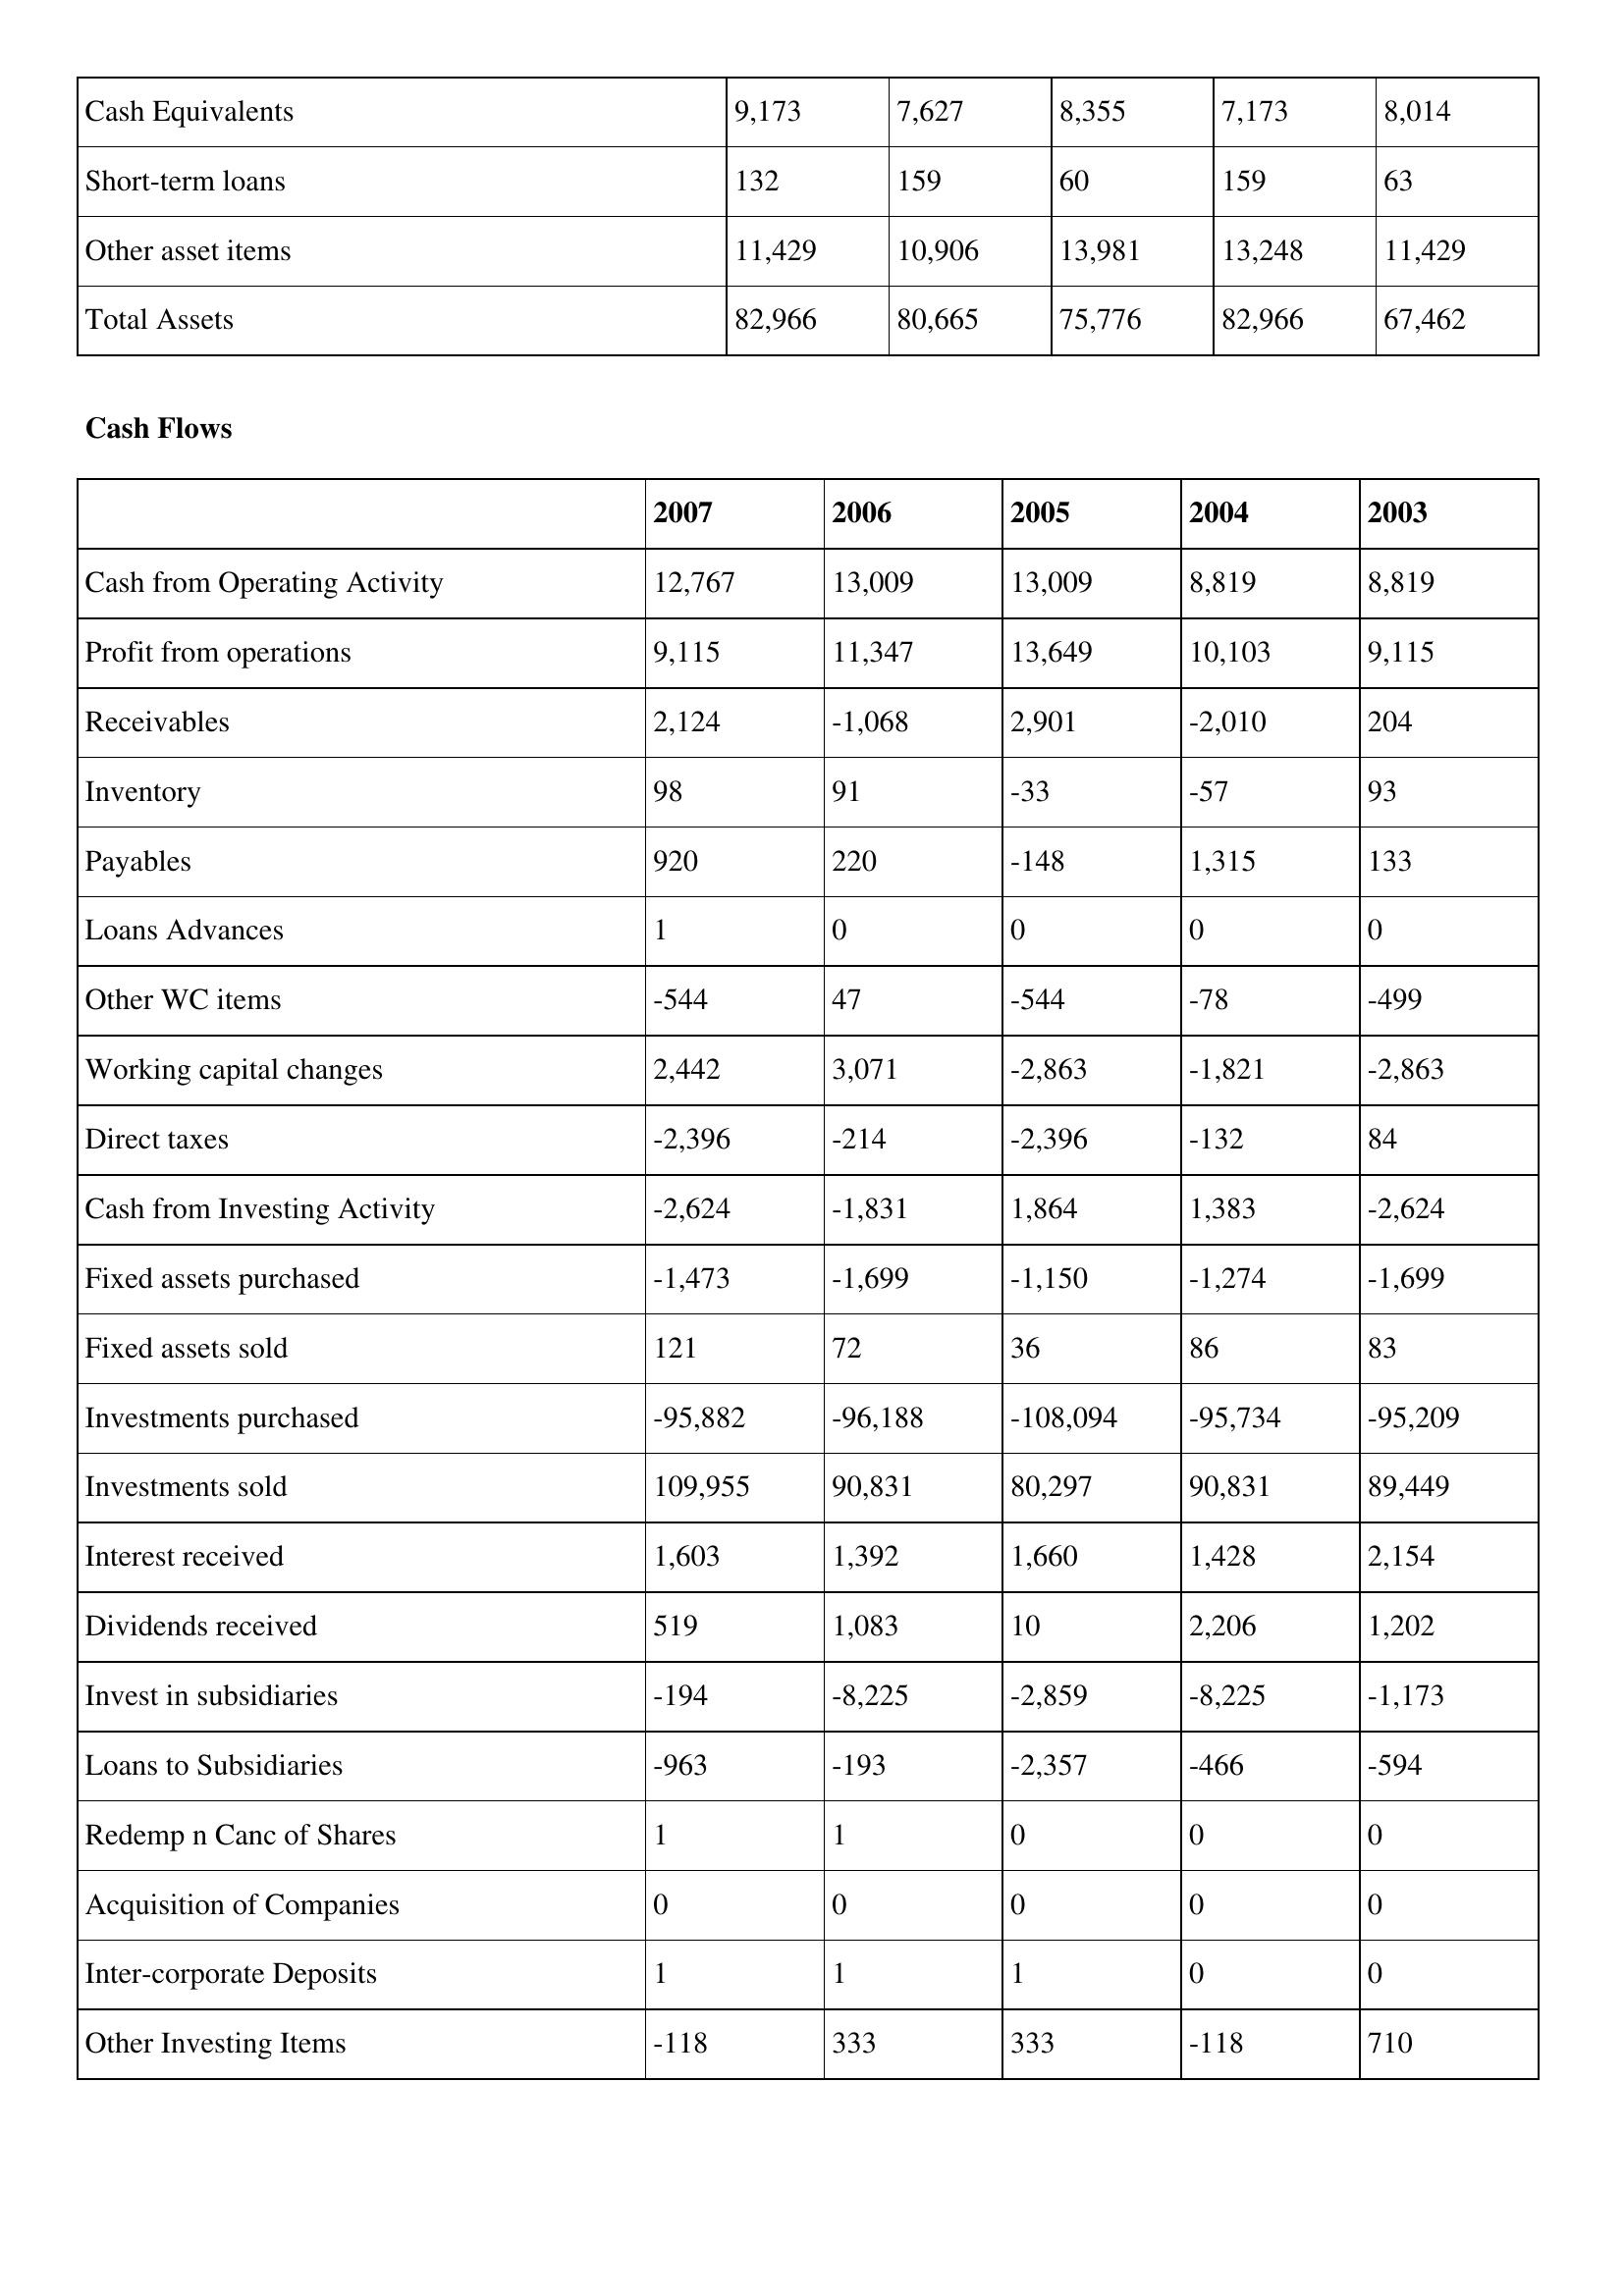
gt_parse: 2007: Balance Sheet: Cash Equivalents: 9,173
Short-term loans: 132
Other asset items: 11,429
Total Assets: 82,966
Cash Flows: Cash from Operating Activity: 12,767
Profit from operations: 9,115
Receivables: 2,124
Inventory: 98
Payables: 920
Loans Advances: 1
Other WC items: -544
Working capital changes: 2,442
Direct taxes: -2,396
Cash from Investing Activity: -2,624
Fixed assets purchased: -1,473
Fixed assets sold: 121
Investments purchased: -95,882
Investments sold: 109,955
Interest received: 1,603
Dividends received: 519
Invest in subsidiaries: -194
Loans to Subsidiaries: -963
Redemp n Canc of Shares: 1
Acquisition of Companies: 0
Inter-corporate Deposits: 1
Other Investing Items: -118
2006: Balance Sheet: Cash Equivalents: 7,627
Short-term loans: 159
Other asset items: 10,906
Total Assets: 80,665
Cash Flows: Cash from Operating Activity: 13,009
Profit from operations: 11,347
Receivables: -1,068
Inventory: 91
Payables: 220
Loans Advances: 0
Other WC items: 47
Working capital changes: 3,071
Direct taxes: -214
Cash from Investing Activity: -1,831
Fixed assets purchased: -1,699
Fixed assets sold: 72
Investments purchased: -96,188
Investments sold: 90,831
Interest received: 1,392
Dividends received: 1,083
Invest in subsidiaries: -8,225
Loans to Subsidiaries: -193
Redemp n Canc of Shares: 1
Acquisition of Companies: 0
Inter-corporate Deposits: 1
Other Investing Items: 333
2005: Balance Sheet: Cash Equivalents: 8,355
Short-term loans: 60
Other asset items: 13,981
Total Assets: 75,776
Cash Flows: Cash from Operating Activity: 13,009
Profit from operations: 13,649
Receivables: 2,901
Inventory: -33
Payables: -148
Loans Advances: 0
Other WC items: -544
Working capital changes: -2,863
Direct taxes: -2,396
Cash from Investing Activity: 1,864
Fixed assets purchased: -1,150
Fixed assets sold: 36
Investments purchased: -108,094
Investments sold: 80,297
Interest received: 1,660
Dividends received: 10
Invest in subsidiaries: -2,859
Loans to Subsidiaries: -2,357
Redemp n Canc of Shares: 0
Acquisition of Companies: 0
Inter-corporate Deposits: 1
Other Investing Items: 333
2004: Balance Sheet: Cash Equivalents: 7,173
Short-term loans: 159
Other asset items: 13,248
Total Assets: 82,966
Cash Flows: Cash from Operating Activity: 8,819
Profit from operations: 10,103
Receivables: -2,010
Inventory: -57
Payables: 1,315
Loans Advances: 0
Other WC items: -78
Working capital changes: -1,821
Direct taxes: -132
Cash from Investing Activity: 1,383
Fixed assets purchased: -1,274
Fixed assets sold: 86
Investments purchased: -95,734
Investments sold: 90,831
Interest received: 1,428
Dividends received: 2,206
Invest in subsidiaries: -8,225
Loans to Subsidiaries: -466
Redemp n Canc of Shares: 0
Acquisition of Companies: 0
Inter-corporate Deposits: 0
Other Investing Items: -118
2003: Balance Sheet: Cash Equivalents: 8,014
Short-term loans: 63
Other asset items: 11,429
Total Assets: 67,462
Cash Flows: Cash from Operating Activity: 8,819
Profit from operations: 9,115
Receivables: 204
Inventory: 93
Payables: 133
Loans Advances: 0
Other WC items: -499
Working capital changes: -2,863
Direct taxes: 84
Cash from Investing Activity: -2,624
Fixed assets purchased: -1,699
Fixed assets sold: 83
Investments purchased: -95,209
Investments sold: 89,449
Interest received: 2,154
Dividends received: 1,202
Invest in subsidiaries: -1,173
Loans to Subsidiaries: -594
Redemp n Canc of Shares: 0
Acquisition of Companies: 0
Inter-corporate Deposits: 0
Other Investing Items: 710